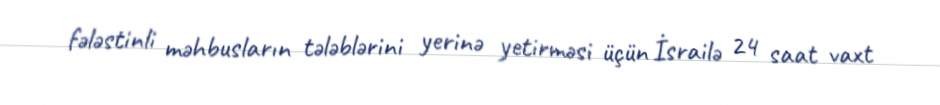
fələstinli məhbusların tələblərini yerinə yetirməsi üçün İsrailə 24 saat vaxt